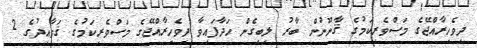
ދިވެހިރާއްޖޭގެ މަސްވެރިކަމުގެ ޤާނޫނުން ބާރު ލިބިގެން ހަދާފައިވާ ދިވެހިރާއްޖޭގެ މަސްވެރިކަމުގެ ޤަވާއިދުގެ 2